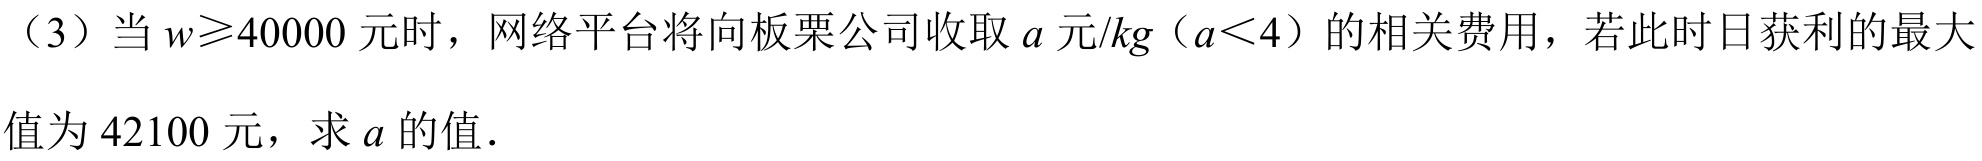
（3）当$w\geqslant40000$元时，网络平台将向板栗公司收取$a$元/$kg$（$a<4$）的相关费用，若此时日获利的最大值为$42100$元，求$a$的值．